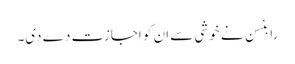
رابنسن نے خوشی سے ان کو اجازت دے دی۔